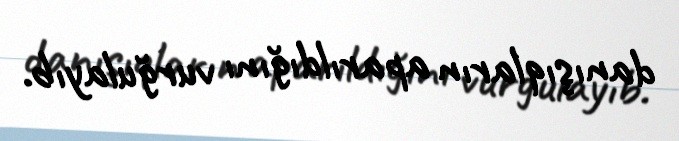
danışıqların aparıldığını vurğulayıb.